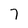
Character: 7